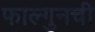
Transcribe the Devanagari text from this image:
फाल्गुनची